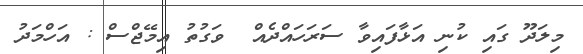
މިލަދޫ ގައި ކުނި އަޅާފައިވާ ސަރަހައްދެއް  ވަގުތު އިމޭޖްސް : އަހްމަދު